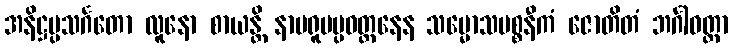
အနိဋ္ဌပ္ပသင်္ဂတော လူနော စာယန္တိ နာမရူပပ္ပဝတ္တနေန သမ္မောသပစ္စနီကံ ဇောတိတံ ဘင်္ဂါဝတ္ထာ